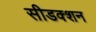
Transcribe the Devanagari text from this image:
सीडक्शन